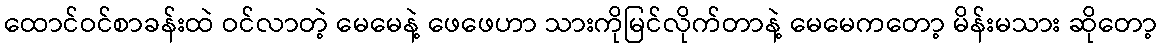
ထောင်ဝင်စာခန်းထဲ ဝင်လာတဲ့ မေမေနဲ့ ဖေဖေဟာ သားကိုမြင်လိုက်တာနဲ့ မေမေကတော့ မိန်းမသား ဆိုတော့